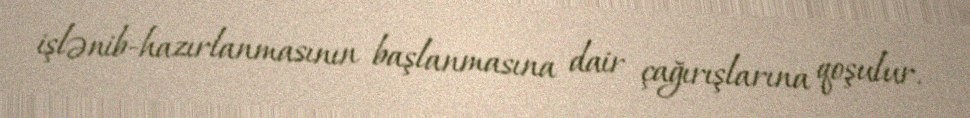
işlənib-hazırlanmasının başlanmasına dair çağırışlarına qoşulur.